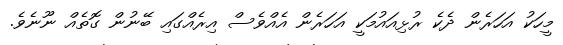
މީހަކު އަހަރެން ދެކެ ރުޅިއައުމަކީ އަހަރެން އެއްވެސް އިރެއްގައި ބޭނުން ގޮތެއް ނޫނެވެ.